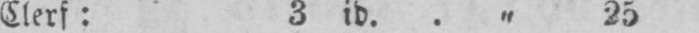
Clerf: 3 ib.. „ 25